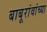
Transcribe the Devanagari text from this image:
बाबूरांवांच्या